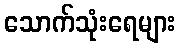
သောက်သုံးရေများ